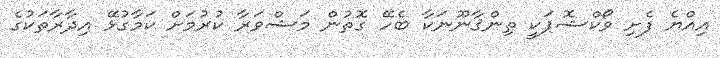
އިއްޔެ ފެށި ވޯކްޝޮޕަކީ ތިންޤާނޫނަކާ ބެހޭ ގޮތުން މަޝްވަރާ ކުރުމަށް ކަމާގުޅޭ އިދާރާތަކުގެ